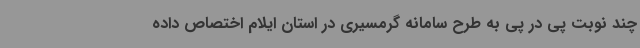
چند نوبت پی در پی به طرح سامانه گرمسیری در استان ایلام اختصاص داده